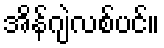
အိန်ဂျဲလစ်ပင်။